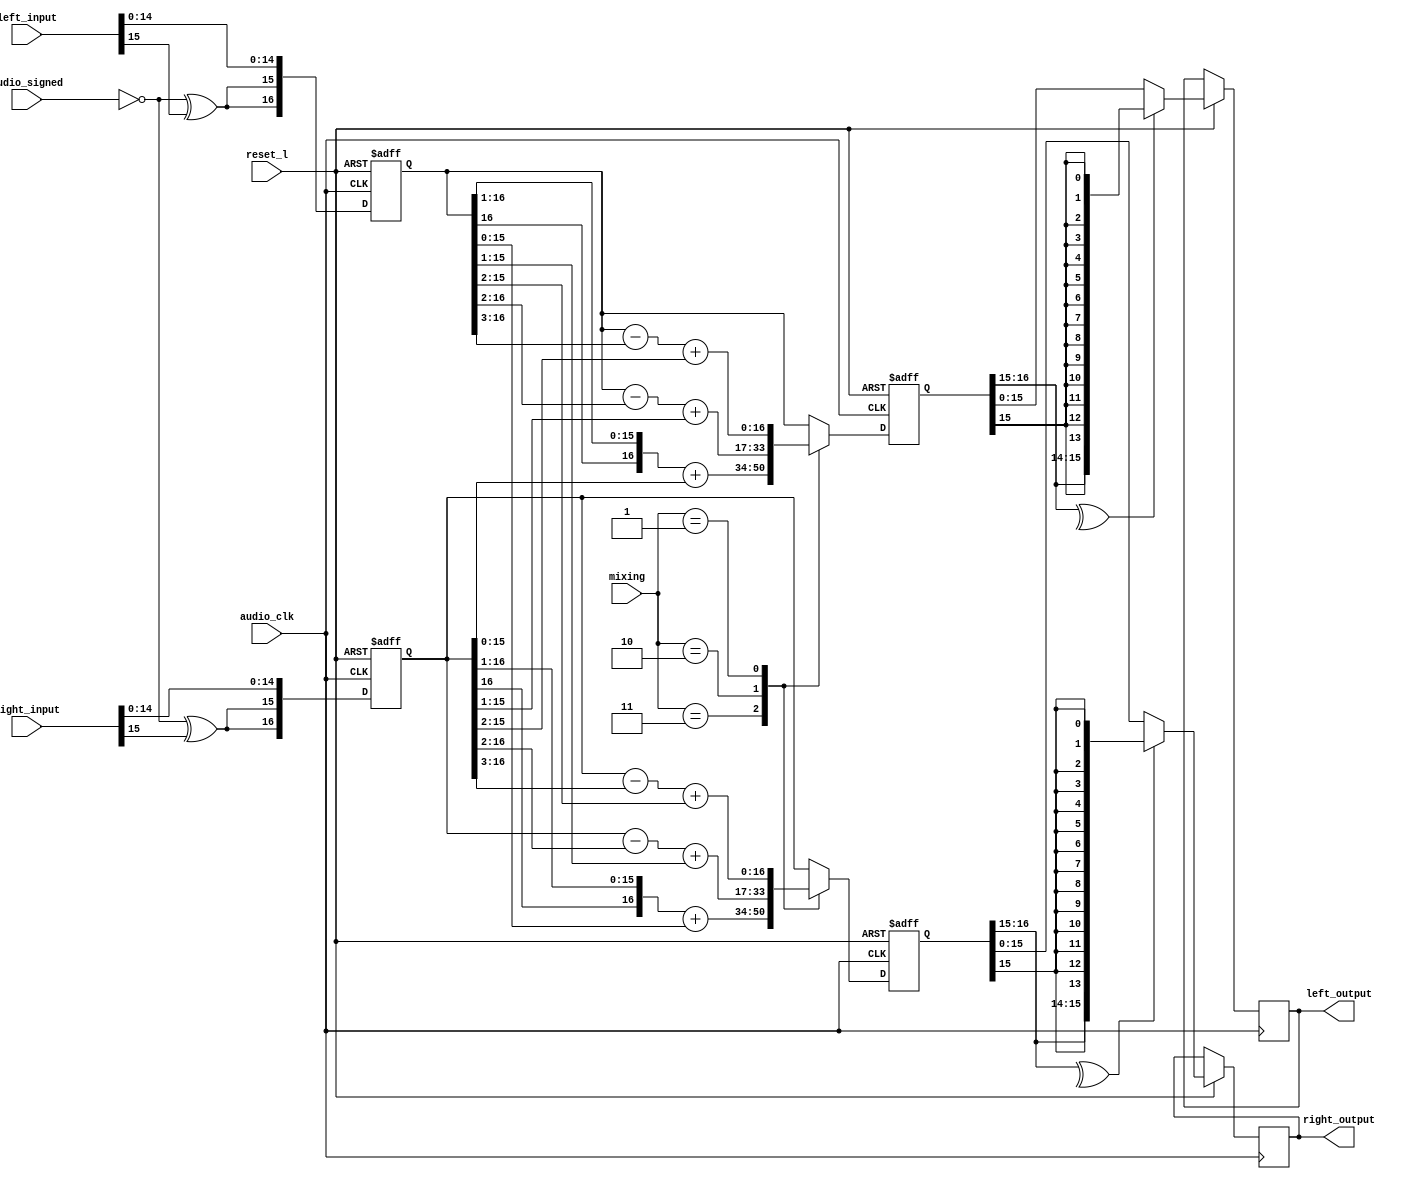
// This program was cloned from: https://github.com/Mazamars312/Analogue-Amiga
// License: GNU General Public License v3.0

module audio_final_filter (
	input audio_clk,
	input reset_l,
	
	input audio_signed,
	input [15:0]	left_input,
	input [15:0]	right_input,
	
	input [1:0]		mixing,
	
	output reg [15:0]	left_output,
	output reg [15:0] right_output
);

reg [16:0] al0, al1, al2;
reg [16:0] ar0, ar1, ar2;

always @(posedge audio_clk or negedge reset_l) begin
	if (~reset_l) begin
		{al0, al1, al2} <= 0;
		{ar0, ar1, ar2} <= 0;
	end
	else begin
		al0 <= {{2{~audio_signed ^  left_input[15]}},  left_input[14:0]};
		ar0 <= {{2{~audio_signed ^ right_input[15]}}, right_input[14:0]};
		
		case (mixing)
			3 : begin
				al1 <= {al0[16], al0[16:1]} + $signed(ar0[15:0]);
				ar1 <= {ar0[16], ar0[16:1]} + $signed(al0[15:0]);
			
			end
			2 : begin
			
				al1 <= $signed(al0) - $signed(al0[16:2]) + $signed(ar0[15:1]);
				ar1 <= $signed(ar0) - $signed(ar0[16:2]) + $signed(al0[15:1]);
			end
			1 : begin
				al1 <= $signed(al0) - $signed(al0[16:3]) + $signed(ar0[15:2]);
				ar1 <= $signed(ar0) - $signed(ar0[16:3]) + $signed(al0[15:2]);
			end
			
			default : begin
				al1 <= al0;
				ar1 <= ar0;
			end
		endcase
		left_output 	<= ^al1[16:15] ? {al1[16],{15{al1[15]}}} : al1[15:0];
		right_output 	<= ^ar1[16:15] ? {ar1[16],{15{ar1[15]}}} : ar1[15:0];
			
	end
end

endmodule